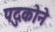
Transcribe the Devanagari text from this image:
पदुकोने